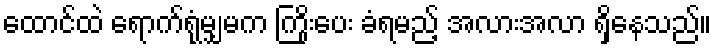
ထောင်ထဲ ရောက်ရုံမျှမက ကြိုးပေး ခံရမည့် အလားအလာ ရှိနေသည်။